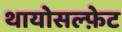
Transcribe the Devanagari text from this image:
थायोसल्फ़ेट